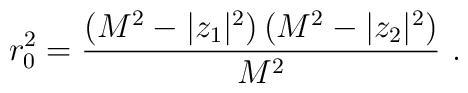
r_{0}^2 =\frac{(M^2 -|z_1|^2)\,(M^2 - |z_2|^2)}{M^2} \  .